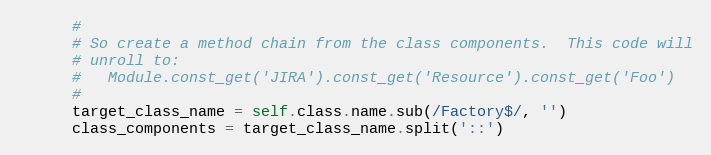
Language: Ruby
      #
      # So create a method chain from the class components.  This code will
      # unroll to:
      #   Module.const_get('JIRA').const_get('Resource').const_get('Foo')
      #
      target_class_name = self.class.name.sub(/Factory$/, '')
      class_components = target_class_name.split('::')